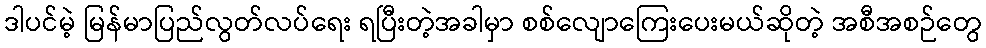
ဒါပင်မဲ့ မြန်မာပြည်လွတ်လပ်ရေး ရပြီးတဲ့အခါမှာ စစ်လျောကြေးပေးမယ်ဆိုတဲ့ အစီအစဉ်တွေ